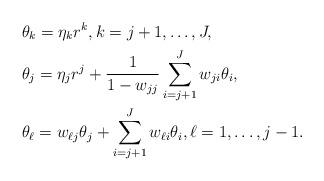
LaTeX: \begin{align*} & \theta_k = \eta_k r^k, k =j+1, \ldots, J, \\ & \theta_j = \eta_j r^j + \frac{1}{1-w_{jj}} \sum_{i=j+1}^J w_{ji} \theta_i, \\ & \theta_\ell = w_{\ell j} \theta_j + \sum_{i=j+1}^{J}w_{\ell i} \theta_i, \ell=1, \ldots, j-1. \end{align*}